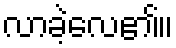
လာခဲ့လေ၏။